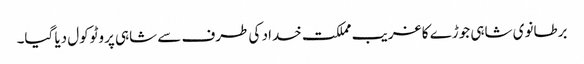
برطانوی شاہی جوڑے کا غریب مملکت خداد کی طرف سے شاہی پروٹوکول دیا گیا۔